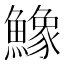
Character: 鱌